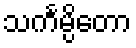
သင်္ကမ္ပိတော